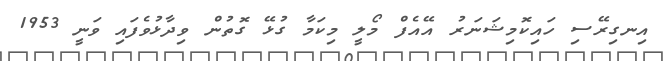
އިނގިރޭސި ހައިކޮމިޝަނަރު އޭއެފް މޯލީ މިކަމާ ގުޅޭ ގޮތުން ވިދާޅުވެފައި ވަނީ 1953